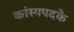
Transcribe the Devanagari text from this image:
कांस्यपदके